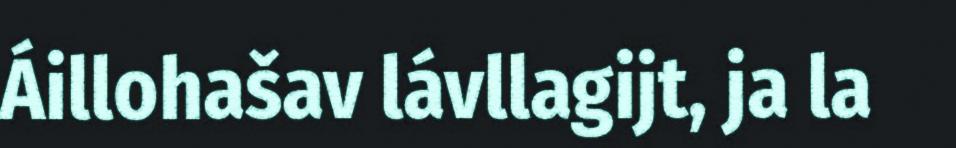
Áillohašav lávllagijt, ja la